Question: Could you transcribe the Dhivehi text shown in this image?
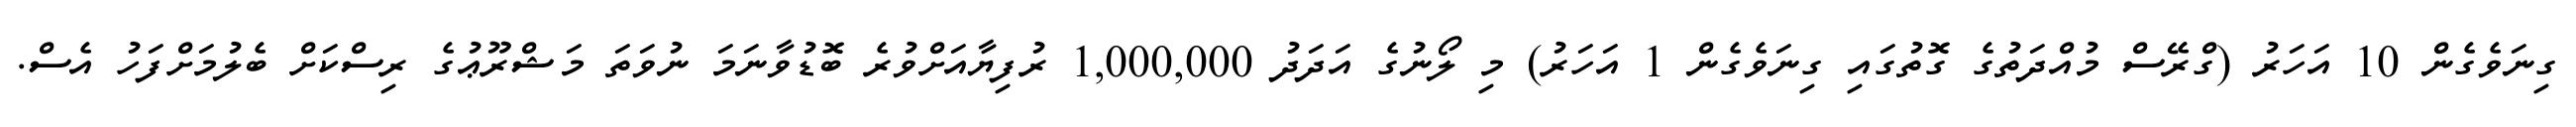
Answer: ގިނަވެގެން 10 އަހަރު (ގްރޭސް މުއްދަތުގެ ގޮތުގައި ގިނަވެގެން 1 އަހަރު) މި ލޯނުގެ އަދަދު 1,000,000 ރުފިޔާއަށްވުރެ ބޮޑުވާނަމަ ނުވަތަ މަޝްރޫޢުގެ ރިސްކަށް ބެލުމަށްފަހު އެސް.